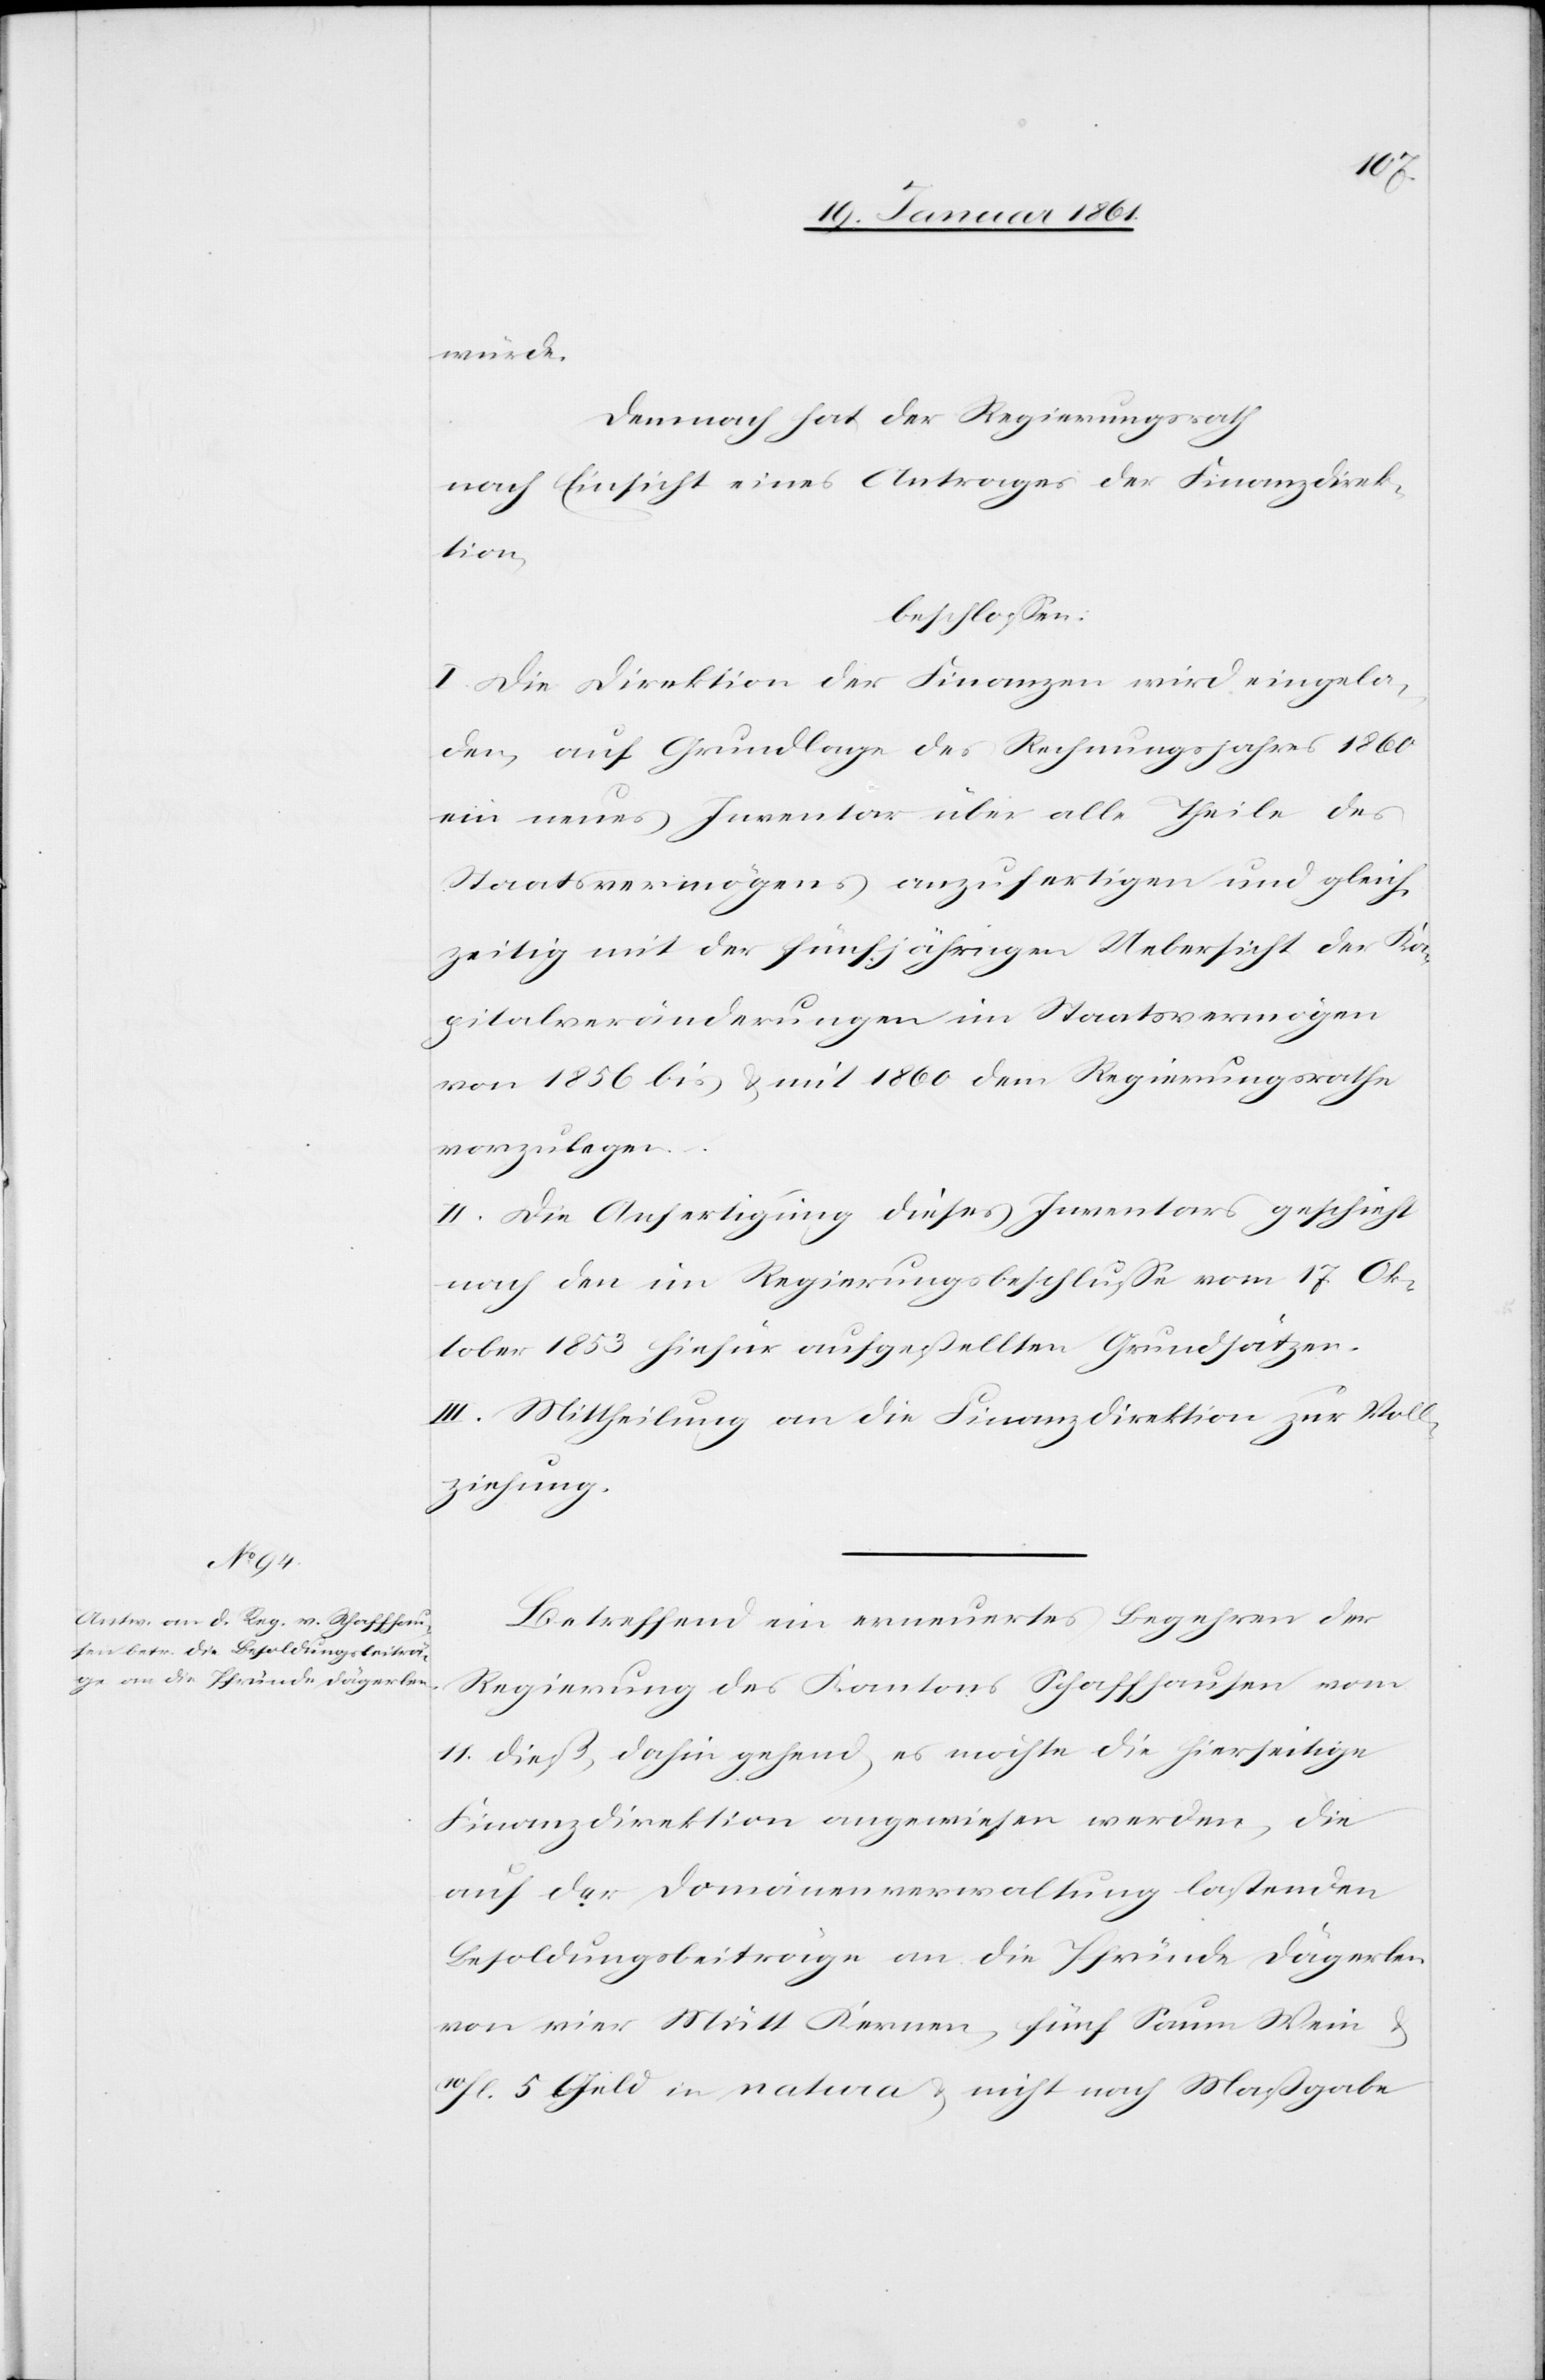
würde.
Demnach hat der Regierungsrath
nach Einsicht eines Antrages der Finanzdirek¬
tion
beschlossen:
I. Die Direktion der Finanzen wird eingela¬
den, auf Grundlage des Rechnungsjahres 1860
ein neues Inventar über alle Theile des
Staatsvermögens anzufertigen und gleich¬
zeitig mit der fünfjährigen Uebersicht der Ka¬
pitalveränderungen im Staatsvermögen
von 1856 bis u. mit 1860 dem Regierungsrathe
vorzulegen.
II. Die Anfertigung dieses Inventars geschieht
nach den im Regierungsbeschlusse vom 17. Ok¬
tober 1853 hiefür aufgestellten Grundsätzen.
III. Mittheilung an die Finanzdirektion zur Voll¬
ziehung.
Betreffend ein erneuertes Begehren der
Regierung des Kantons Schaffhausen vom
11. dieß, dahin gehend, es möchte die hierseitige
Finanzdirektion angewiesen werden, die
auf der Domainenverwaltung lastenden
Besoldungsbeiträge an die Pfründe Dägerlen
von vier Mütt Kernen, fünf Saum Wein
10fl. 5 Geld in natura u. nicht nach Massgabe